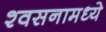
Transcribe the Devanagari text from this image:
श्वसनामध्ये